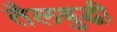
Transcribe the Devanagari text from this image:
तैलबुद्धी